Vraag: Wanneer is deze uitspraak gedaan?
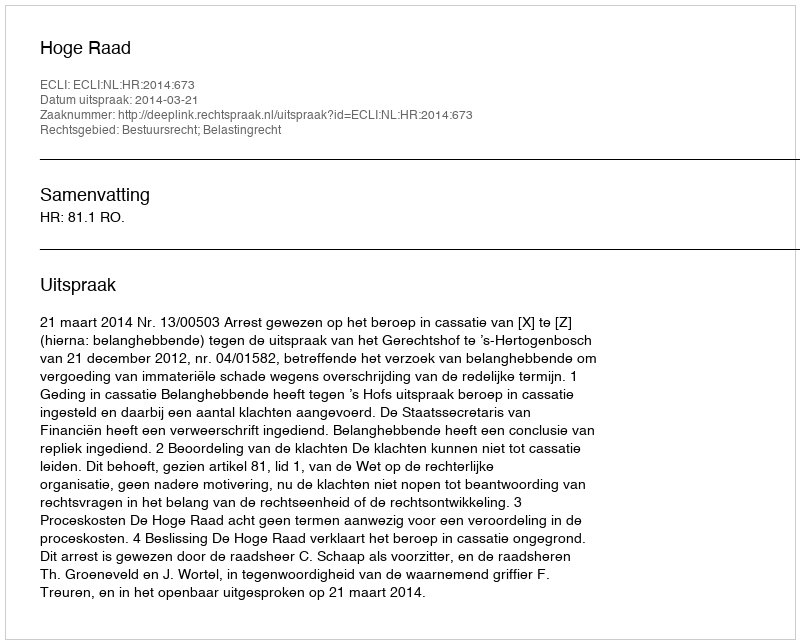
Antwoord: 2014-03-21